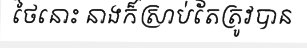
ថៃនោះ នាងក៏ស្រាប់តែត្រូវបាន